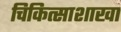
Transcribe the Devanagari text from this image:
चिकित्साशाखा